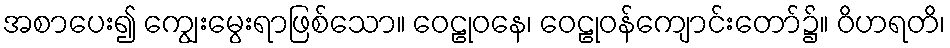
အစာပေး၍ ကျွေးမွေးရာဖြစ်သော။ ဝေဠုဝနေ၊ ဝေဠုဝန်ကျောင်းတော်၌။ ဝိဟရတိ၊